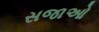
સજાઓ